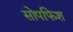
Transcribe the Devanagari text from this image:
सोपफिश